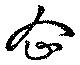
企